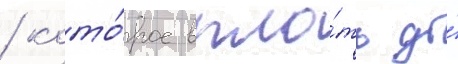
/ кото́рое впло́ть до́